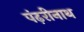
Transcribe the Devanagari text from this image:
पंढ़रीनाथ